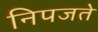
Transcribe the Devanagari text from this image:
निपजते